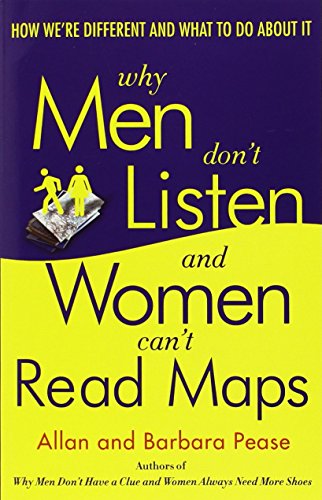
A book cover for Why Men Don't Listen and Women Can't Read Maps: How We're Different and What to Do About It; Allan Pease; Medical Books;